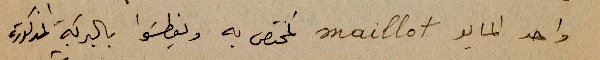
واحد المايو maillot المختص به ويغطسَوا بالبركة المذكورة